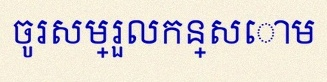
ចូរសម្រួលកន្សោម